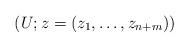
LaTeX: \begin{align*}(U; z = (z_1, \ldots, z_{n+m}))\end{align*}